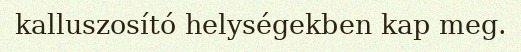
kalluszosító helységekben kap meg.